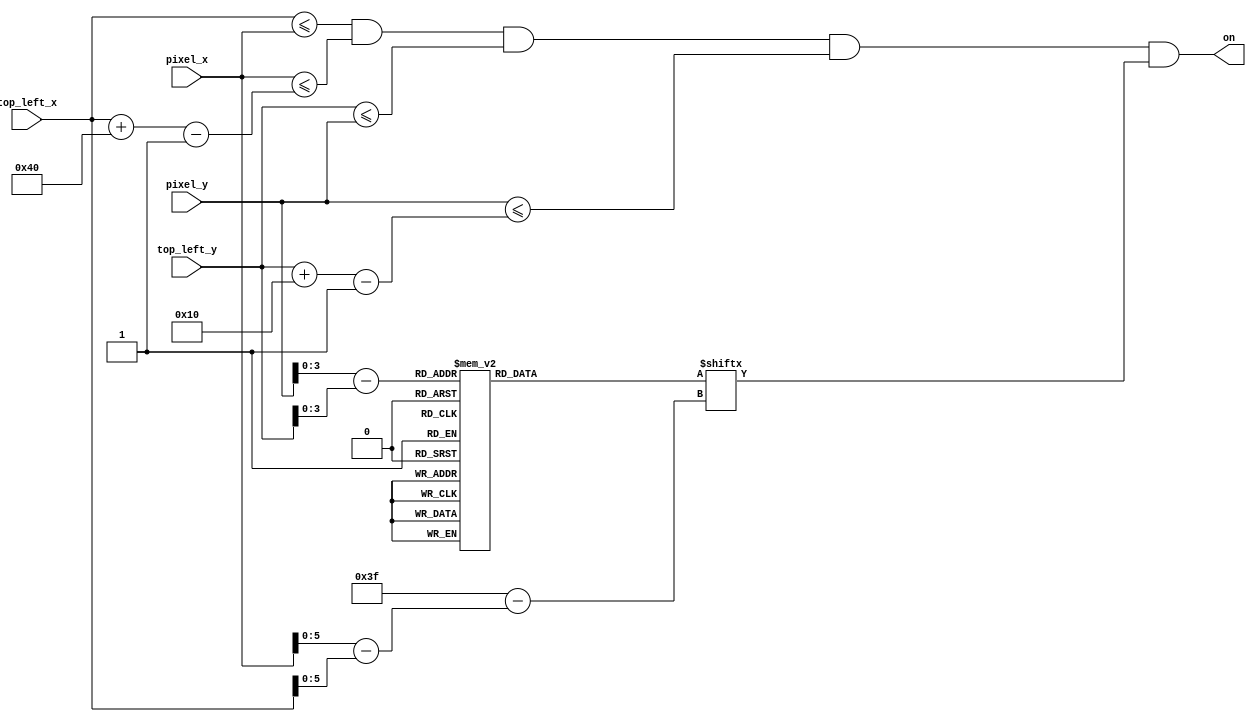
`timescale 1ns / 1ps

module current_time_text
    (
    input wire [9:0] pixel_x, pixel_y,
    input wire [9:0] top_left_x, top_left_y,
    output wire on
    );
    
        // load in and declare position and sizing of number
    localparam H_FOOTPRINT = 64;
    localparam V_FOOTPRINT = 16;                                 
    wire [9:0] C_X_L = top_left_x;                   
    wire [9:0] C_Y_T = top_left_y;                  
    wire [9:0] C_X_R = C_X_L + H_FOOTPRINT - 1;
    wire [9:0] C_Y_B = C_Y_T + V_FOOTPRINT - 1;
    
    // declare signals to check
    wire [3:0] rom_addr;
    wire [5:0] rom_col;
    wire rom_bit;
    wire sq_on;
    reg [0:63] rom_data;
    
    // check current position of pixel
    assign rom_addr = pixel_y[3:0] - C_Y_T[3:0];
    assign rom_col = pixel_x[5:0] - C_X_L[5:0];
    assign rom_bit = rom_data[rom_col];
    
    // enable on if within foot print
    assign sq_on =
       (C_X_L<=pixel_x) && (pixel_x<=C_X_R) &&
       (C_Y_T<=pixel_y) && (pixel_y<=C_Y_B);
    
    //enable
    assign on = sq_on & rom_bit;
    
    // determine number to output
    always @*
        case (rom_addr)
        4'h0: rom_data =    64'b0011111111111100_0011111111111100_0011000000001100_0011111111111100;
        4'h1: rom_data =    64'b0011111111111100_0011111111111100_0011100000011100_0011111111111100;
        4'h2: rom_data =    64'b0000000110000000_0000000110000000_0011110000111100_0011000000000000;
        4'h3: rom_data =    64'b0000000110000000_0000000110000000_0011011001101100_0011000000000000;
        4'h4: rom_data =    64'b0000000110000000_0000000110000000_0011001111001100_0011000000000000;
        4'h5: rom_data =    64'b0000000110000000_0000000110000000_0011000110001100_0011000000000000;
        4'h6: rom_data =    64'b0000000110000000_0000000110000000_0011000110001100_0011111111111100;
        4'h7: rom_data =    64'b0000000110000000_0000000110000000_0011000000001100_0011111111111100;
        4'h8: rom_data =    64'b0000000110000000_0000000110000000_0011000000001100_0011000000000000;
        4'h9: rom_data =    64'b0000000110000000_0000000110000000_0011000000001100_0011000000000000;
        4'ha: rom_data =    64'b0000000110000000_0000000110000000_0011000000001100_0011000000000000;
        4'hb: rom_data =    64'b0000000110000000_0000000110000000_0011000000001100_0011000000000000;
        4'hc: rom_data =    64'b0000000110000000_0000000110000000_0011000000001100_0011000000000000;
        4'hd: rom_data =    64'b0000000110000000_0000000110000000_0011000000001100_0011000000000000;
        4'he: rom_data =    64'b0000000110000000_0011111111111100_0011000000001100_0011111111111100;         
        4'hf: rom_data =    64'b0000000110000000_0011111111111100_0011000000001100_0011111111111100;   
        endcase
    
endmodule

module alarm_on_text
    (
    input en,
    input wire [9:0] pixel_x, pixel_y,
    input wire [9:0] top_left_x, top_left_y,
    output wire on
    );
    
        // load in and declare position and sizing of number
    localparam H_FOOTPRINT = 64;
    localparam V_FOOTPRINT = 16;                                 
    wire [9:0] C_X_L = top_left_x;                   
    wire [9:0] C_Y_T = top_left_y;                  
    wire [9:0] C_X_R = C_X_L + H_FOOTPRINT - 1;
    wire [9:0] C_Y_B = C_Y_T + V_FOOTPRINT - 1;
    
    // declare signals to check
    wire [3:0] rom_addr;
    wire [5:0] rom_col;
    wire rom_bit;
    wire sq_on;
    reg [0:63] rom_data;
    
    // check current position of pixel
    assign rom_addr = pixel_y[3:0] - C_Y_T[3:0];
    assign rom_col = pixel_x[5:0] - C_X_L[5:0];
    assign rom_bit = rom_data[rom_col];
    
    // enable on if within foot print
    assign sq_on =
       (C_X_L<=pixel_x) && (pixel_x<=C_X_R) &&
       (C_Y_T<=pixel_y) && (pixel_y<=C_Y_B);
    
    //enable
    assign on = sq_on & rom_bit;
    
    // determine number to output
    always @*
        if (en)
            case (rom_addr)
            4'h0: rom_data =    64'b0011111111111100_0011000000001100_0000000000000000_0000000000000000;
            4'h1: rom_data =    64'b0011111111111100_0011100000001100_0000000000000000_0000000000000000;
            4'h2: rom_data =    64'b0011000000001100_0011110000001100_0000000000000000_0000000000000000;
            4'h3: rom_data =    64'b0011000000001100_0011111000001100_0000000000000000_0000000000000000;
            4'h4: rom_data =    64'b0011000000001100_0011011100001100_0000000000000000_0000000000000000;
            4'h5: rom_data =    64'b0011000000001100_0011001100001100_0000000000000000_0000000000000000;
            4'h6: rom_data =    64'b0011000000001100_0011001110001100_0000000000000000_0000000000000000;
            4'h7: rom_data =    64'b0011000000001100_0011000110001100_0000000000000000_0000000000000000;
            4'h8: rom_data =    64'b0011000000001100_0011000110001100_0000000000000000_0000000000000000;
            4'h9: rom_data =    64'b0011000000001100_0011000111001100_0000000000000000_0000000000000000;
            4'ha: rom_data =    64'b0011000000001100_0011000011001100_0000000000000000_0000000000000000;
            4'hb: rom_data =    64'b0011000000001100_0011000011101100_0000000000000000_0000000000000000;
            4'hc: rom_data =    64'b0011000000001100_0011000001111100_0000000000000000_0000000000000000;
            4'hd: rom_data =    64'b0011000000001100_0011000000111100_0000000000000000_0000000000000000;
            4'he: rom_data =    64'b0011111111111100_0011000000011100_0000000000000000_0000000000000000;         
            4'hf: rom_data =    64'b0011111111111100_0011000000001100_0000000000000000_0000000000000000;
            endcase
        else
            case (rom_addr)
            4'h0: rom_data =    64'b0011111111111100_0011111111111100_0011111111111100_0000000000000000;
            4'h1: rom_data =    64'b0011111111111100_0011111111111100_0011111111111100_0000000000000000;
            4'h2: rom_data =    64'b0011000000001100_0011000000000000_0011000000000000_0000000000000000;
            4'h3: rom_data =    64'b0011000000001100_0011000000000000_0011000000000000_0000000000000000;
            4'h4: rom_data =    64'b0011000000001100_0011000000000000_0011000000000000_0000000000000000;
            4'h5: rom_data =    64'b0011000000001100_0011000000000000_0011000000000000_0000000000000000;
            4'h6: rom_data =    64'b0011000000001100_0011000000000000_0011000000000000_0000000000000000;
            4'h7: rom_data =    64'b0011000000001100_0011111111111100_0011111111111100_0000000000000000;
            4'h8: rom_data =    64'b0011000000001100_0011111111111100_0011111111111100_0000000000000000;
            4'h9: rom_data =    64'b0011000000001100_0011000000000000_0011000000000000_0000000000000000;
            4'ha: rom_data =    64'b0011000000001100_0011000000000000_0011000000000000_0000000000000000;
            4'hb: rom_data =    64'b0011000000001100_0011000000000000_0011000000000000_0000000000000000;
            4'hc: rom_data =    64'b0011000000001100_0011000000000000_0011000000000000_0000000000000000;
            4'hd: rom_data =    64'b0011000000001100_0011000000000000_0011000000000000_0000000000000000;
            4'he: rom_data =    64'b0011111111111100_0011000000000000_0011000000000000_0000000000000000;         
            4'hf: rom_data =    64'b0011111111111100_0011000000000000_0011000000000000_0000000000000000;   
        endcase
endmodule